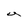
Character: a